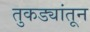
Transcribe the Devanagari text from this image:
तुकड्यांतून